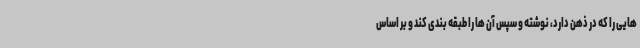
هایی را که در ذهن دارد، نوشته و سپس آن ها را طبقه بندی کند و بر اساس